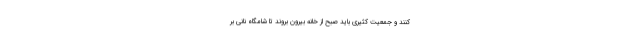
کنند و جمعیت کثیری باید صبح از خانه بیرون بروند تا شامگاه نانی بر